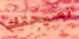
نصيحتك